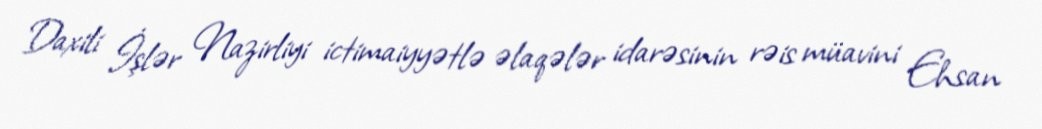
Daxili İşlər Nazirliyi ictimaiyyətlə əlaqələr idarəsinin rəis müavini Ehsan